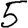
Digit: 5